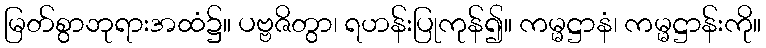
မြတ်စွာဘုရားအထံ၌။ ပဗ္ဗဇိတွာ၊ ရဟန်းပြုကုန်၍။ ကမ္မဋ္ဌာနံ၊ ကမ္မဋ္ဌာန်းကို။